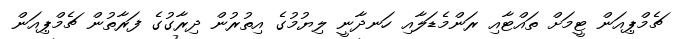
ޗެމްޕިއަން ޓީމަށް ތައްޓާއި ރަންމެޑަލާއި ހަނދާނީ ލިޔުމުގެ އިތުރުން ދިރާގުގެ ފަރާތުން ޗެމްޕިއަން